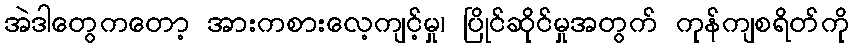
အဲဒါတွေကတော့ အားကစားလေ့ကျင့်မှု၊ ပြိုင်ဆိုင်မှုအတွက် ကုန်ကျစရိတ်ကို